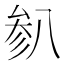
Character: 𫤯